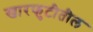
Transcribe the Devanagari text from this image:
खारफुटीतील